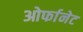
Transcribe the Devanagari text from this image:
ओर्फानेट